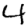
Digit: 4